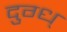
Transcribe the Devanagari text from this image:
दुग्ध्